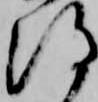
得